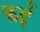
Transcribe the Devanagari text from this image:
कर्इं